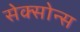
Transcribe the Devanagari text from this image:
सेक्सोन्स